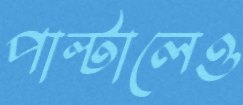
পাল্টালেও